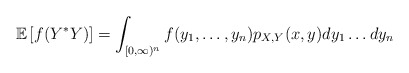
\begin{align*} \mathbb E \left[f(Y^*Y) \right] = \int_{[0,\infty)^n} f(y_1, \ldots, y_n) p_{X,Y}(x,y) dy_1 \ldots dy_n \end{align*}